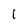
Character: 1